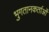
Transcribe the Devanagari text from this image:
भुगतानकर्ताओं